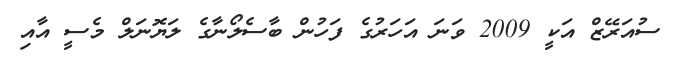
ސުއަރޭޒް އަކީ 2009 ވަނަ އަހަރުގެ ފަހުން ބާސެލޯނާގެ ލަޔޮނަލް މެސީ އާއި